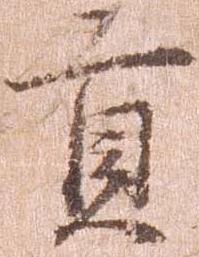
貢